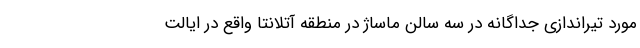
مورد تیراندازی جداگانه در سه سالن ماساژ در منطقه آتلانتا واقع در ایالت